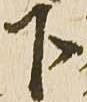
下